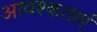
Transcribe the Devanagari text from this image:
आवश्कताएं